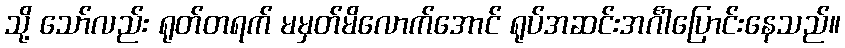
သို့ သော်လည်း ရုတ်တရက် မမှတ်မိလောက်အောင် ရုပ်အဆင်းအင်္ဂါပြောင်းနေသည်။